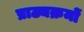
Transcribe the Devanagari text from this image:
प्राठ्यक्रमों